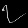
Digit: ၇